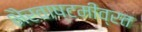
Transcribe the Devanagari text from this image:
भैरवाष्टमीव्रत